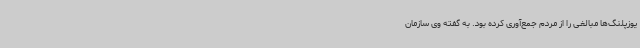
یوزپلنگ‌ها مبالغی را از مردم جمع‌آوری کرده بود. به گفته وی سازمان